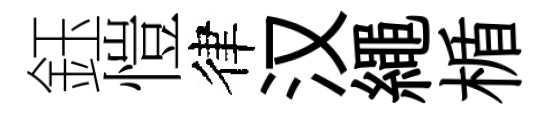
鈺愷律汉繩楯